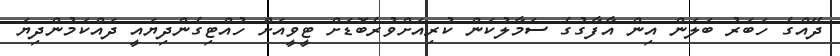
ދޭއްގެ ހަބަރު ބަލަން އިން އާފާގުގެ ސަމާލުކަން ކުރިއަށްވުރެބޮޑަށް ޓީވީއަށް ހުއްޓިގެންދިޔައީ ދައްކަމުންދިޔަ